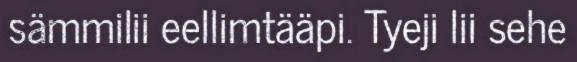
sämmilii eellimtääpi. Tyeji lii sehe